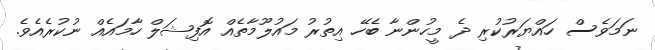
ނަމަވެސް ހައްޔަރުކުރި ދެ މީހުންނާ ބެހޭ އިތުރު މައުލޫމާތެއް އޮފިޝަލް ހާމައެއް ނުކުރެއެވެ.